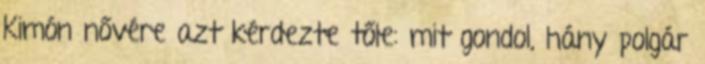
Kimón nővére azt kérdezte tőle: mit gondol, hány polgár